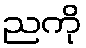
ညကို